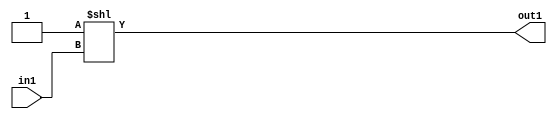
`timescale 1ps / 1ps
/*****************************************************************************
    Verilog RTL Description
    
    
    Created by: Stratus DpOpt 2019.1.01 
*******************************************************************************/

module GaussianFilter_DECODE_2U_1_4 (
	in1,
	out1
	); /* architecture "behavioural" */ 
input  in1;
output [1:0] out1;
wire [1:0] asc001;

assign asc001 = 2'B01 << in1;

assign out1 = asc001;
endmodule

/* CADENCE  urjyQw8= : u9/ySgnWtBlWxVPRXgAZ4Og= ** DO NOT EDIT THIS LINE ******/